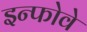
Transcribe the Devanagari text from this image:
इन्फोवे